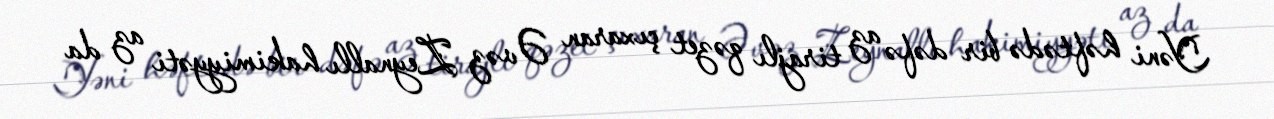
Yəni həftədə bir dəfə az tirajlı qəzet çıxaran Əvəz Zeynallı hakimiyyəti az da